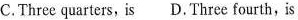
C.Three quarters, is D. Three fourth, is